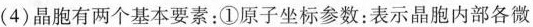
(4)晶胞有两个基本要素：①原子坐标参数：表示晶胞内部各微